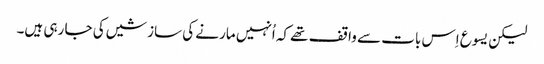
‏ لیکن یسوع اِس بات سے واقف تھے کہ اُنہیں مارنے کی سازشیں کی جا رہی ہیں۔